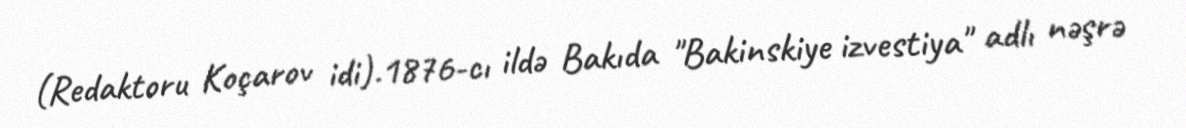
(Redaktoru Koçarov idi).1876-cı ildə Bakıda "Bakinskiye izvestiya" adlı nəşrə